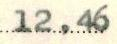
12,46